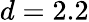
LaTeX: d=2.2